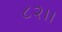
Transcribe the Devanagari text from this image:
८२।।